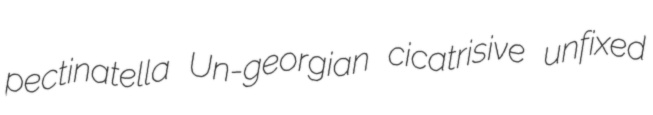
pectinatella Un-georgian cicatrisive unfixed